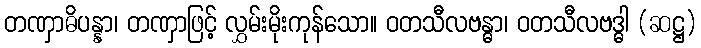
တဏှာဓိပန္နာ၊ တဏှာဖြင့် လွှမ်းမိုးကုန်သော။ ဝတသီလဗန္ဓာ၊ ဝတသီလဗဒ္ဓါ (ဆဋ္ဌ)